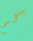
كم